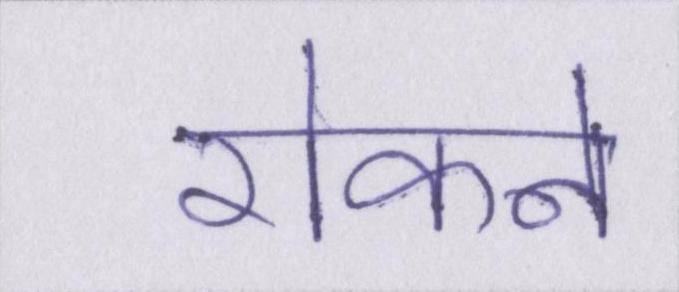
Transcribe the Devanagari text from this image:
रोकने